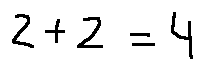
2 + 2 = 4